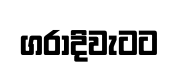
ගරාදිවැටට